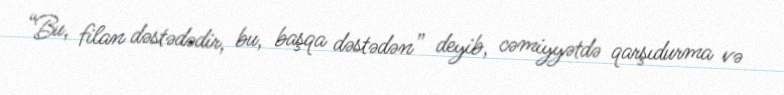
“Bu, filan dəstədədir, bu, başqa dəstədən” deyib, cəmiyyətdə qarşıdurma və